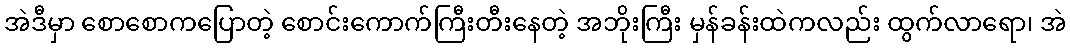
အဲဒီမှာ စောစောကပြောတဲ့ စောင်းကောက်ကြီးတီးနေတဲ့ အဘိုးကြီး မှန်ခန်းထဲကလည်း ထွက်လာရော၊ အဲ